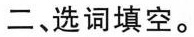
二、选词填空。